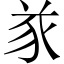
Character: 㒸